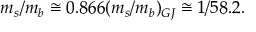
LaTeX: m _ { s } / m _ { b } \cong 0 . 8 6 6 ( m _ { s } / m _ { b } ) _ { G J } \cong 1 / 5 8 . 2 .